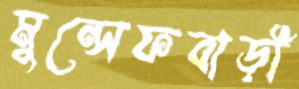
মুন্সেফবাড়ী